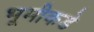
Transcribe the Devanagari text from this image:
भूमीकडे